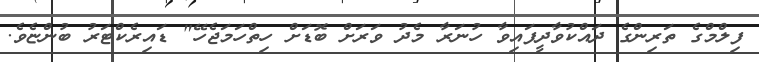
ފިލްމްގެ ތަރިންގެ ދައްކުވާދީފައިވާ ހުނަރާ މެދު ވަރަށް ބޮޑަށް ހިތްހަމަޖެހޭ" ޑައިރެކްޓަރު ބުންޏެވެ.